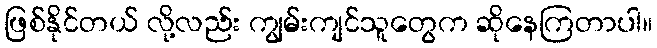
ဖြစ်နိုင်တယ် လို့လည်း ကျွမ်းကျင်သူတွေက ဆိုနေကြတာပါ။